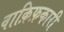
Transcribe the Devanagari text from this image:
वाक़िफ़कारी